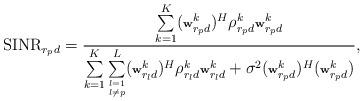
LaTeX: \begin{align*}\scriptsize{{\rm SINR}_{r_{p}d}=\frac{\sum\limits_{k=1}^K (\textbf{w}_{r_pd}^k)^H \rho_{r_pd}^k \textbf{w}_{r_pd}^k}{\sum\limits_{k=1}^K \sum\limits_{\substack{l=1\\l\neq p}}^L (\textbf{w}_{r_ld}^k)^H \rho_{r_ld}^k \textbf{w}_{r_ld}^k + \sigma^2(\textbf{w}_{r_pd}^k)^H(\textbf{w}_{r_pd}^k)},}\end{align*}